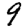
Digit: 9